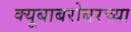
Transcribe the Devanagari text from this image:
क्यूबाबरोबरच्या